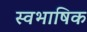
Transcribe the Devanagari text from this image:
स्वभाषिक